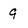
Character: 9